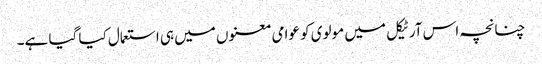
چنانچہ اس آرٹیکل میں مولوی کو عوامی معنوں میں ہی استعمال کیا گیا ہے۔